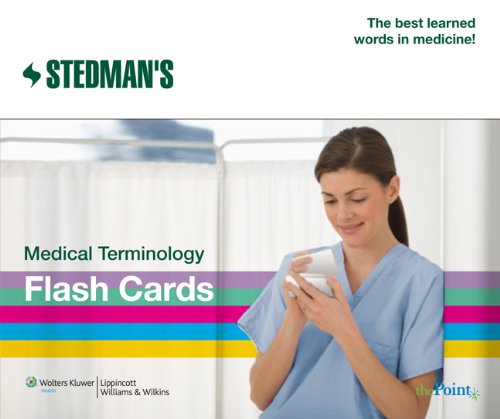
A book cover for Stedman's Medical Terminology Flash Cards; Stedman's; Medical Books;